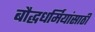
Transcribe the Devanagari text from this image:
बौद्धधर्मियांसाठी